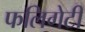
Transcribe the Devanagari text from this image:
फलिगेटी